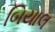
બિયાલ